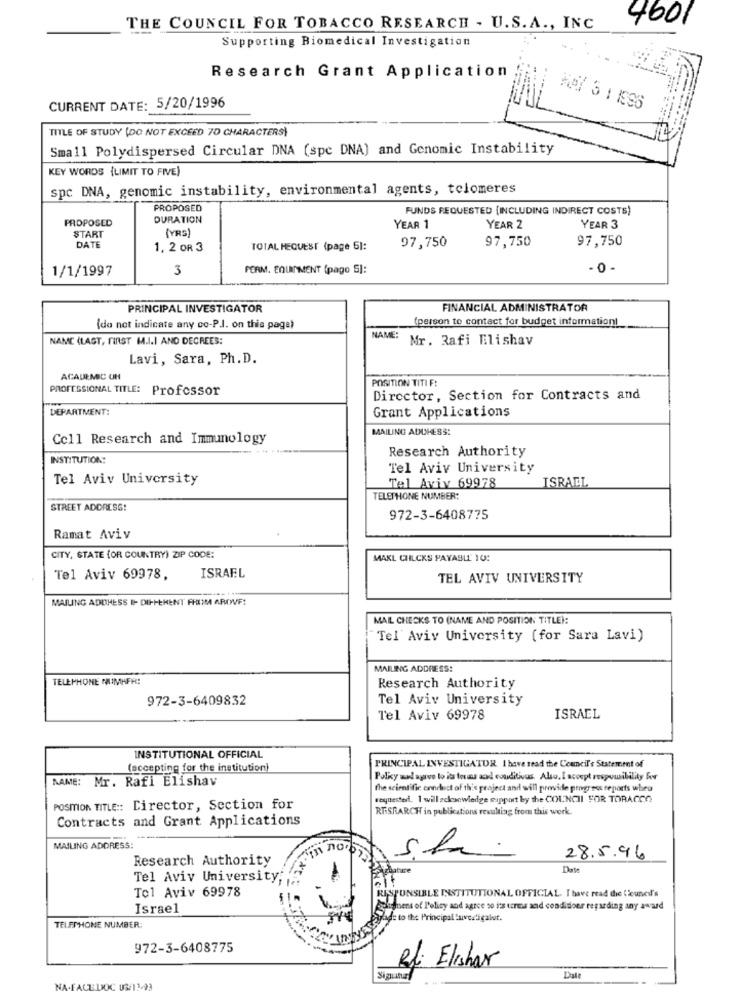
4601
THE COUNCIL FOR TOBACCO RESEARCH - U.S. A ., INC
Supporting Biomedical Investigation
Research Grant Application
CURRENT DATE: 5/20/1996
TITLE OF STUDY (DO NOT EXCEED 70 CHARACTERS)
Small Polydispersed Circular DNA (spc DNA) and Genomic Instability
KEY WORDS {LIMIT TO FIVE)
spc DNA, genomic instability, environmental agents, telomeres
PROPOSED
FUNDS REQUESTED [INCLUDING INDIRECT COSTS)
PROPOSED
DURATION
(YRS)
YEAR 1
YEAR 2
YEAR 3
START
97,750
97,750
97,750
DATE
1, 2 OR 3
TOTAL REQUEST (page 51:
1/1/1997
3
PERM. EQUIPMENT (pago 5]:
PRINCIPAL INVESTIGATOR
FINANCIAL ADMINISTRATOR
(person to contact for budget information!
(do not indicate any co-P.J. on this page)
NAME (LAGT, FIRST M.I.I AND DECREES:
NAME:
Mr. Rafi Elishav
Lavi, Sara, Ph.D.
ACADEMIC UN
POSITION TITI F:
PROFESSIONAL TITLE: Professor
Director, Section for Contracts and
DEPARTMENT:
Grant Applications
MAILING ADDRESS:
Cell Research and Immunology
Research Authority
INSTITUTION:
Tel Aviv University
Tel Aviv University
ISRAEL
Tel Aviv 69978
TELEPHONE NUMBER:
STREET ADDRESS!
972-3-6408775
Ramat Aviv
CITY, STATE (OR COUNTRY) ZIP CODE:
MAXL CHILCKS PAYABLE 10:
ISRAEL
Tel Aviv 69978,
TEL AVIV UNIVERSITY
MAILING ADIHESS I- DIFFERENT FROM AROWVE!
MAIL CHECKS TO (NAME AND POSITION TITLE):
Tel Aviv University (for Sara Lavi)
MAILING ADDRESS:
TELEPHONE NUMMER!
Research Authority
972-3-6409832
Tel Aviv University
Tel Aviv 69978
ISRAEL
INSTITUTIONAL OFFICIAL
(accepting for the institution)
PRINCIPAL INVESTIGATOR. I have read the Council's Statement of
NAME: Mr. Rafi Elishav
Polky mad agrvo to its toras zal couditivus. Also, I accept responsibility for
the scientific conduct of this geaject and will provide progress reports when
requested. I will ackacwledge support by the COUNCIL FOR TORACCO
POSITION TITLE :: Director, Section for
RTISRARCH in publications resulting from this work.
Contracts and Grant Applications
MAILING ADDRESS:
Ло-
Research Authority
28.5.96
Date
Tel Aviv University;
RESPONSIBLE INSTITUTIONAL OFFICIAL. I have read the Council's
Tel Aviv 69978
Israel
meinens of Policy and agree so i's terms and condidoer regarding any award
TELEPHONE NUMBER:
Plade to the Principal 'uvestigalot.
972-3-6408775
efi Elishar
Date
Signatur
NA-FACEDOC US/13-93